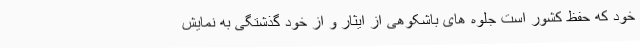
خود که حفظ کشور است جلوه های باشکوهی از ایثار و از خود گذشتگی به نمایش